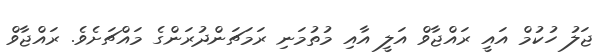
ޖަލު ހުކުމް އައީ ރައްޖާވް އަލީ އާއި މުތުމަނި ރަމަޗަންދުރަންގެ މައްޗަށެވެ. ރައްޖާވް